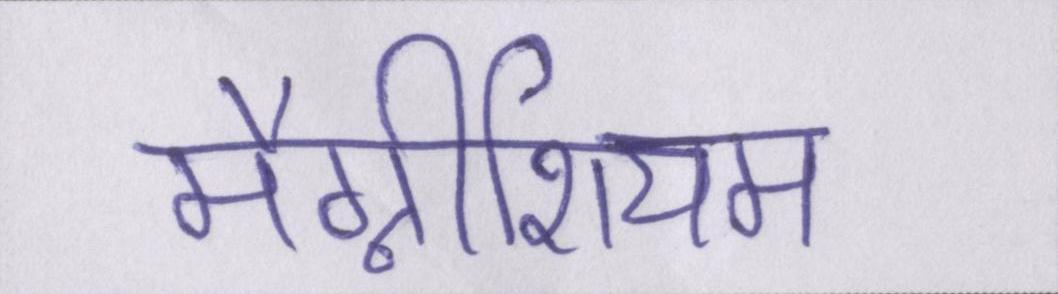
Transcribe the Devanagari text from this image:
मैग्नीशियम